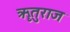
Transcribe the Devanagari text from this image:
ॠतुराज